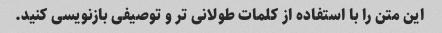
این متن را با استفاده از کلمات طولانی تر و توصیفی بازنویسی کنید.